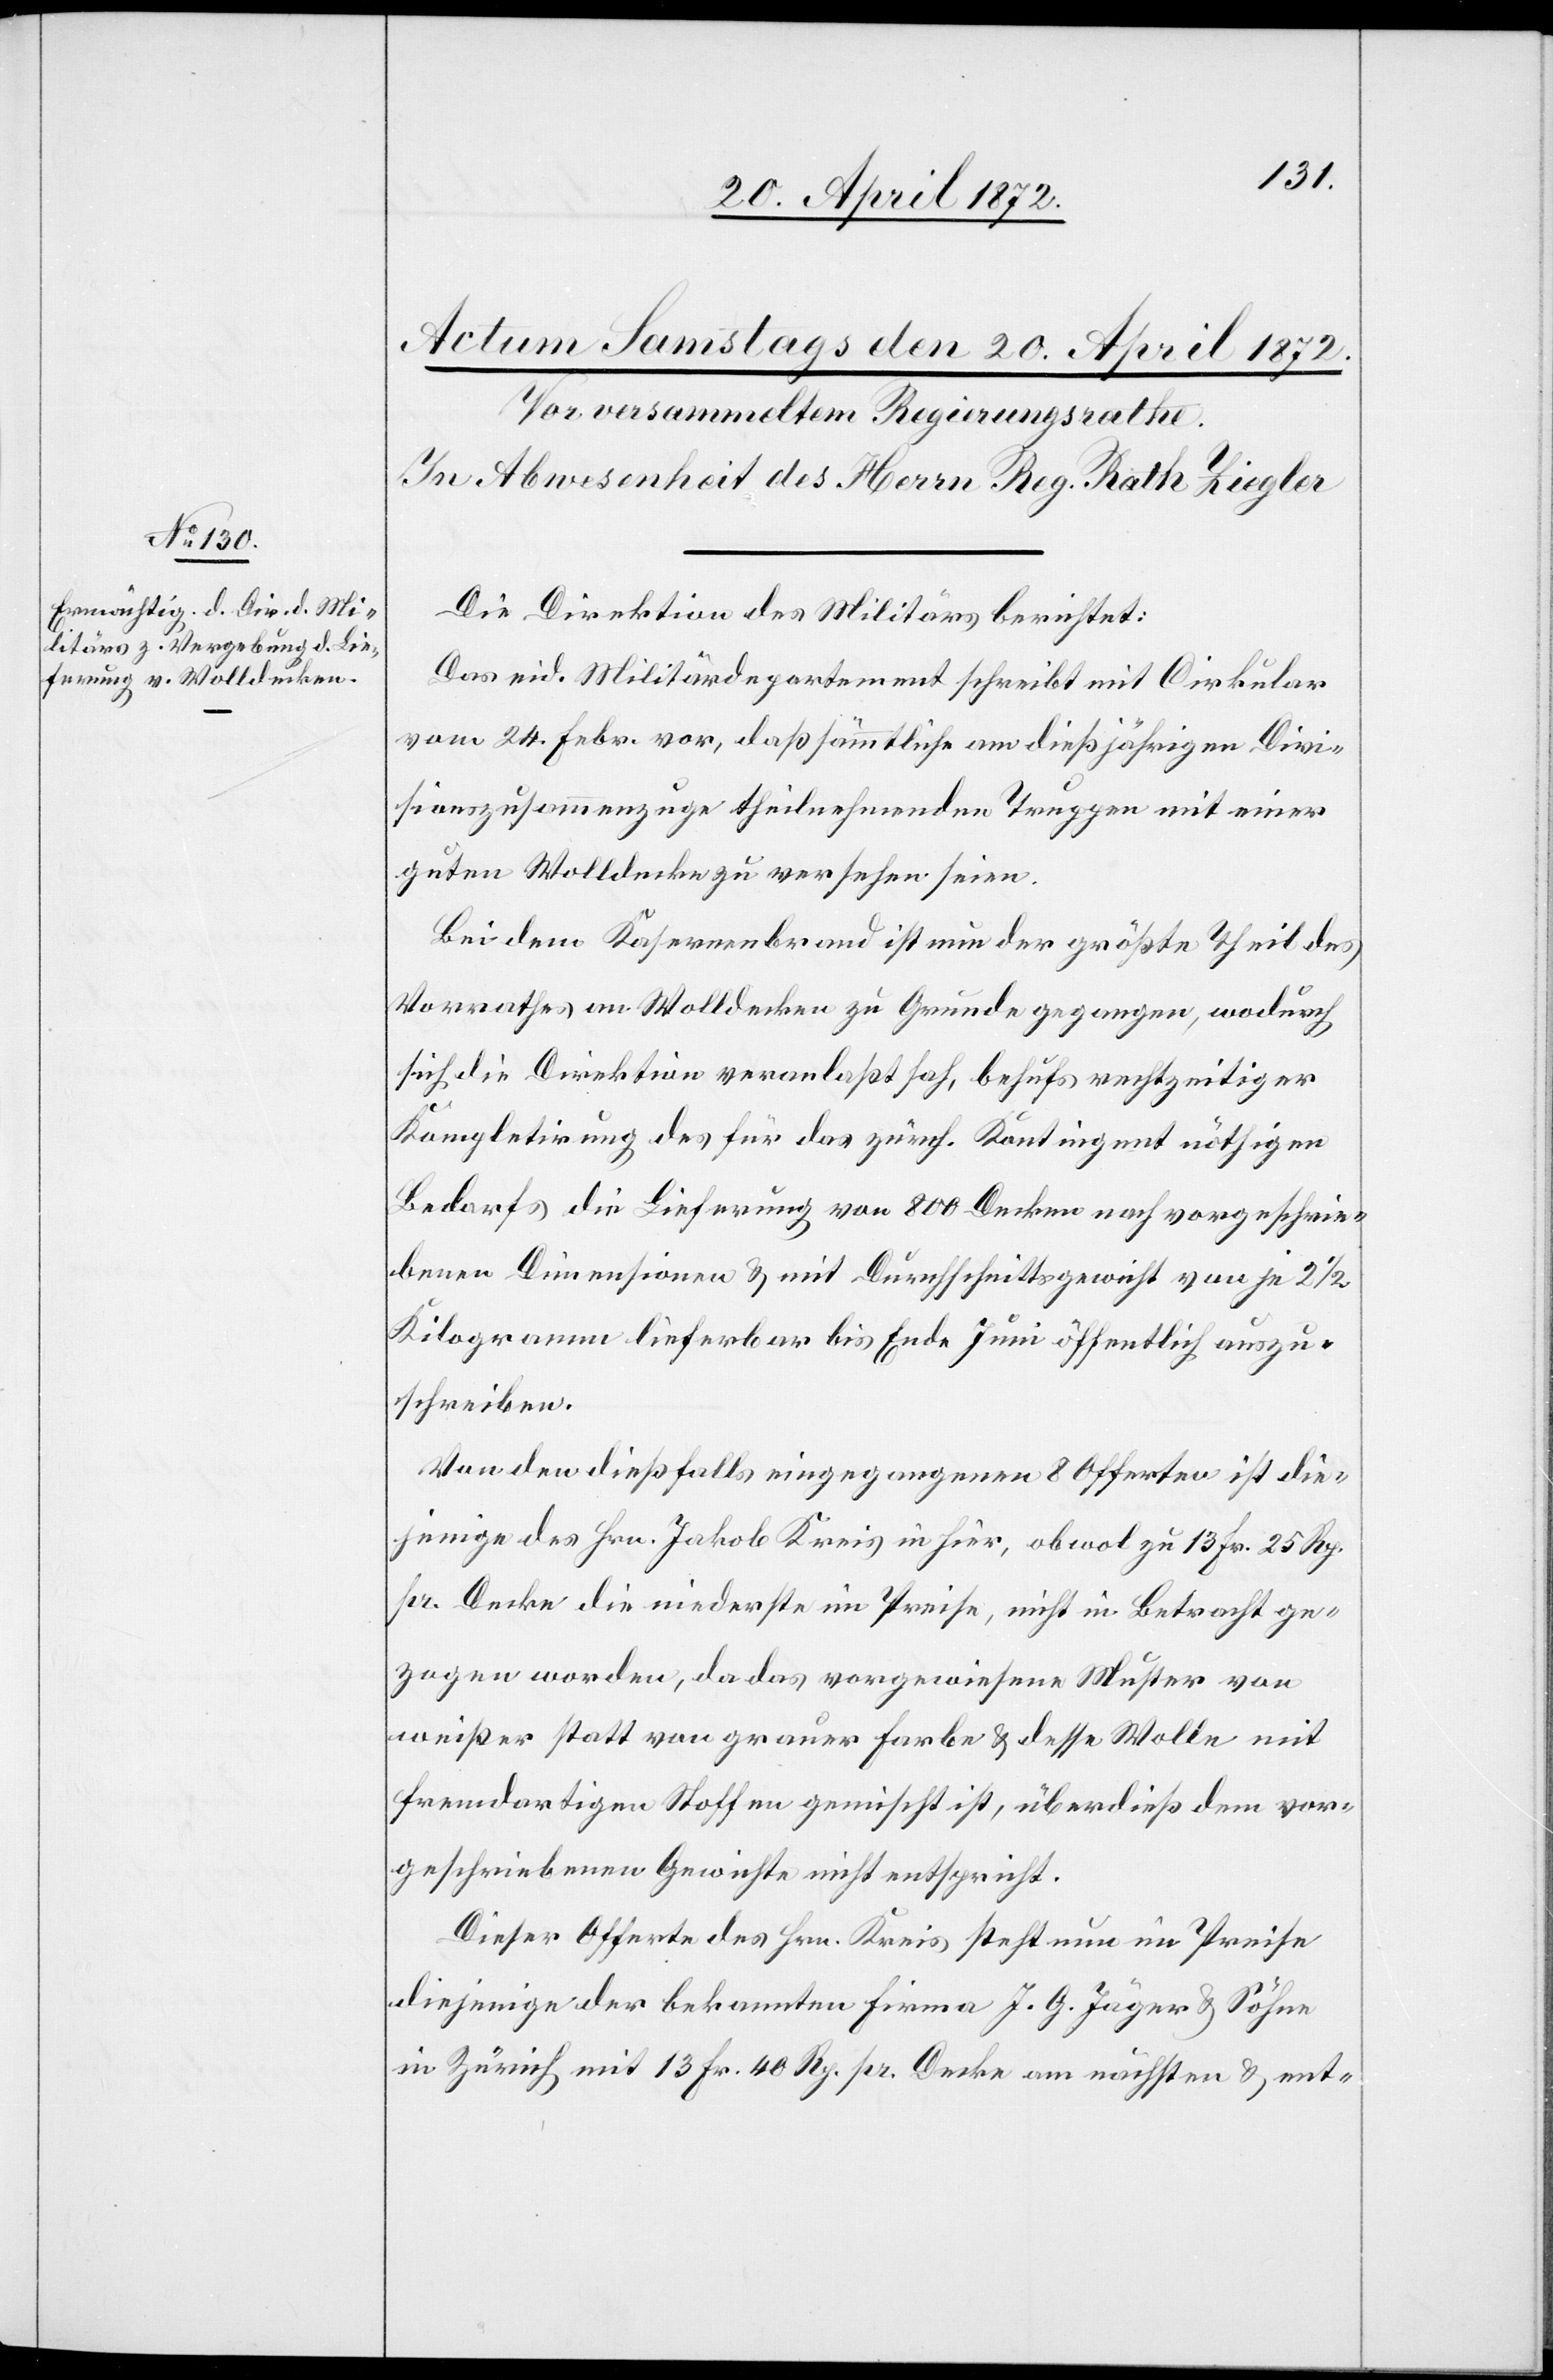
Die Direktion des Militärs berichtet:
Das eid. Militärdepartement schreibt mit Cirkular
vom 24. Febr. vor, daß sämmtliche am dießjährigen Divi¬
sionszusammenzuge theilnehmenden Truppen mit einer
guten Wolldecke zu versehen seien.
Bei dem Kasernenbrand ist nun der größte Theil des
Vorrathes an Wolldecken zu Grunde gegangen, wodurch
sich die Direktion veranlaßt sah, behufs rechtzeitiger
Kompletirung des für das zürch. Kontingent nöthigen
Bedarfs die Lieferung von 800 Decken nach vorgeschrie¬
benen Dimensionen u. mit Durchschnittsgewicht von je 2 1/2
Kilogramm lieferbar bis Ende Juni öffentlich auszu¬
schreiben.
Von den dießfalls eingegangenen 8 Offerten ist die¬
jenige des Hrn. Jakob Kreis in [?hier], obwol zu 13 Fr. 25 Rp.
pr. Decke die niederste im Preise, nicht in Betracht ge¬
zogen worden, da das vorgewiesene Muster von
weißer statt von grauer Farbe u. desse[n] Wolle mit
fremdartigen Stoffen gemischt ist, überdieß dem vor¬
geschriebenen Gewichte nicht entspricht.
Dieser Offerte des Hrn Kreis steht nun im Preise
diejenige der bekannten Firma J. G. Jäger u. Söhne
in Zürich mit 13 Fr. 40 Rp. pr. Decke am nächsten u. ent-